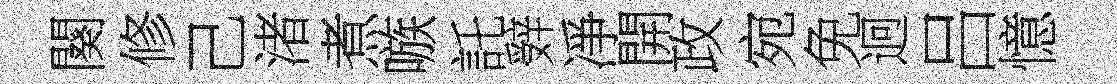
闋修己渚煮嗾託辤凈開政宛免迥吕憶